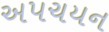
અપચયન